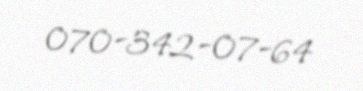
070-342-07-64